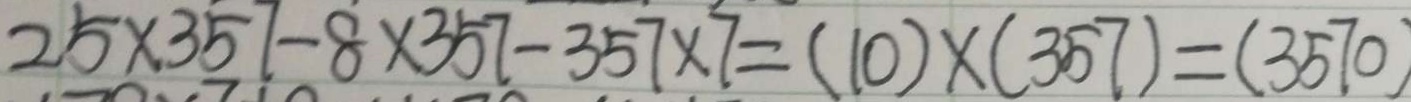
2 5 \times 3 5 7 - 8 \times 3 5 7 - 3 5 7 \times 7 = ( 1 0 ) \times ( 3 5 7 ) = ( 3 5 7 0 )